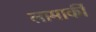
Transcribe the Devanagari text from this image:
लामार्की